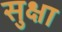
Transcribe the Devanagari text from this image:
सुक्षा